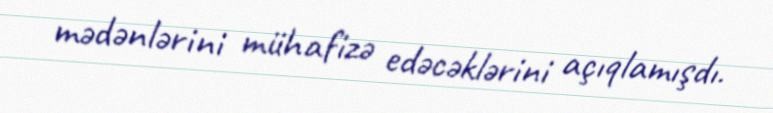
mədənlərini mühafizə edəcəklərini açıqlamışdı.